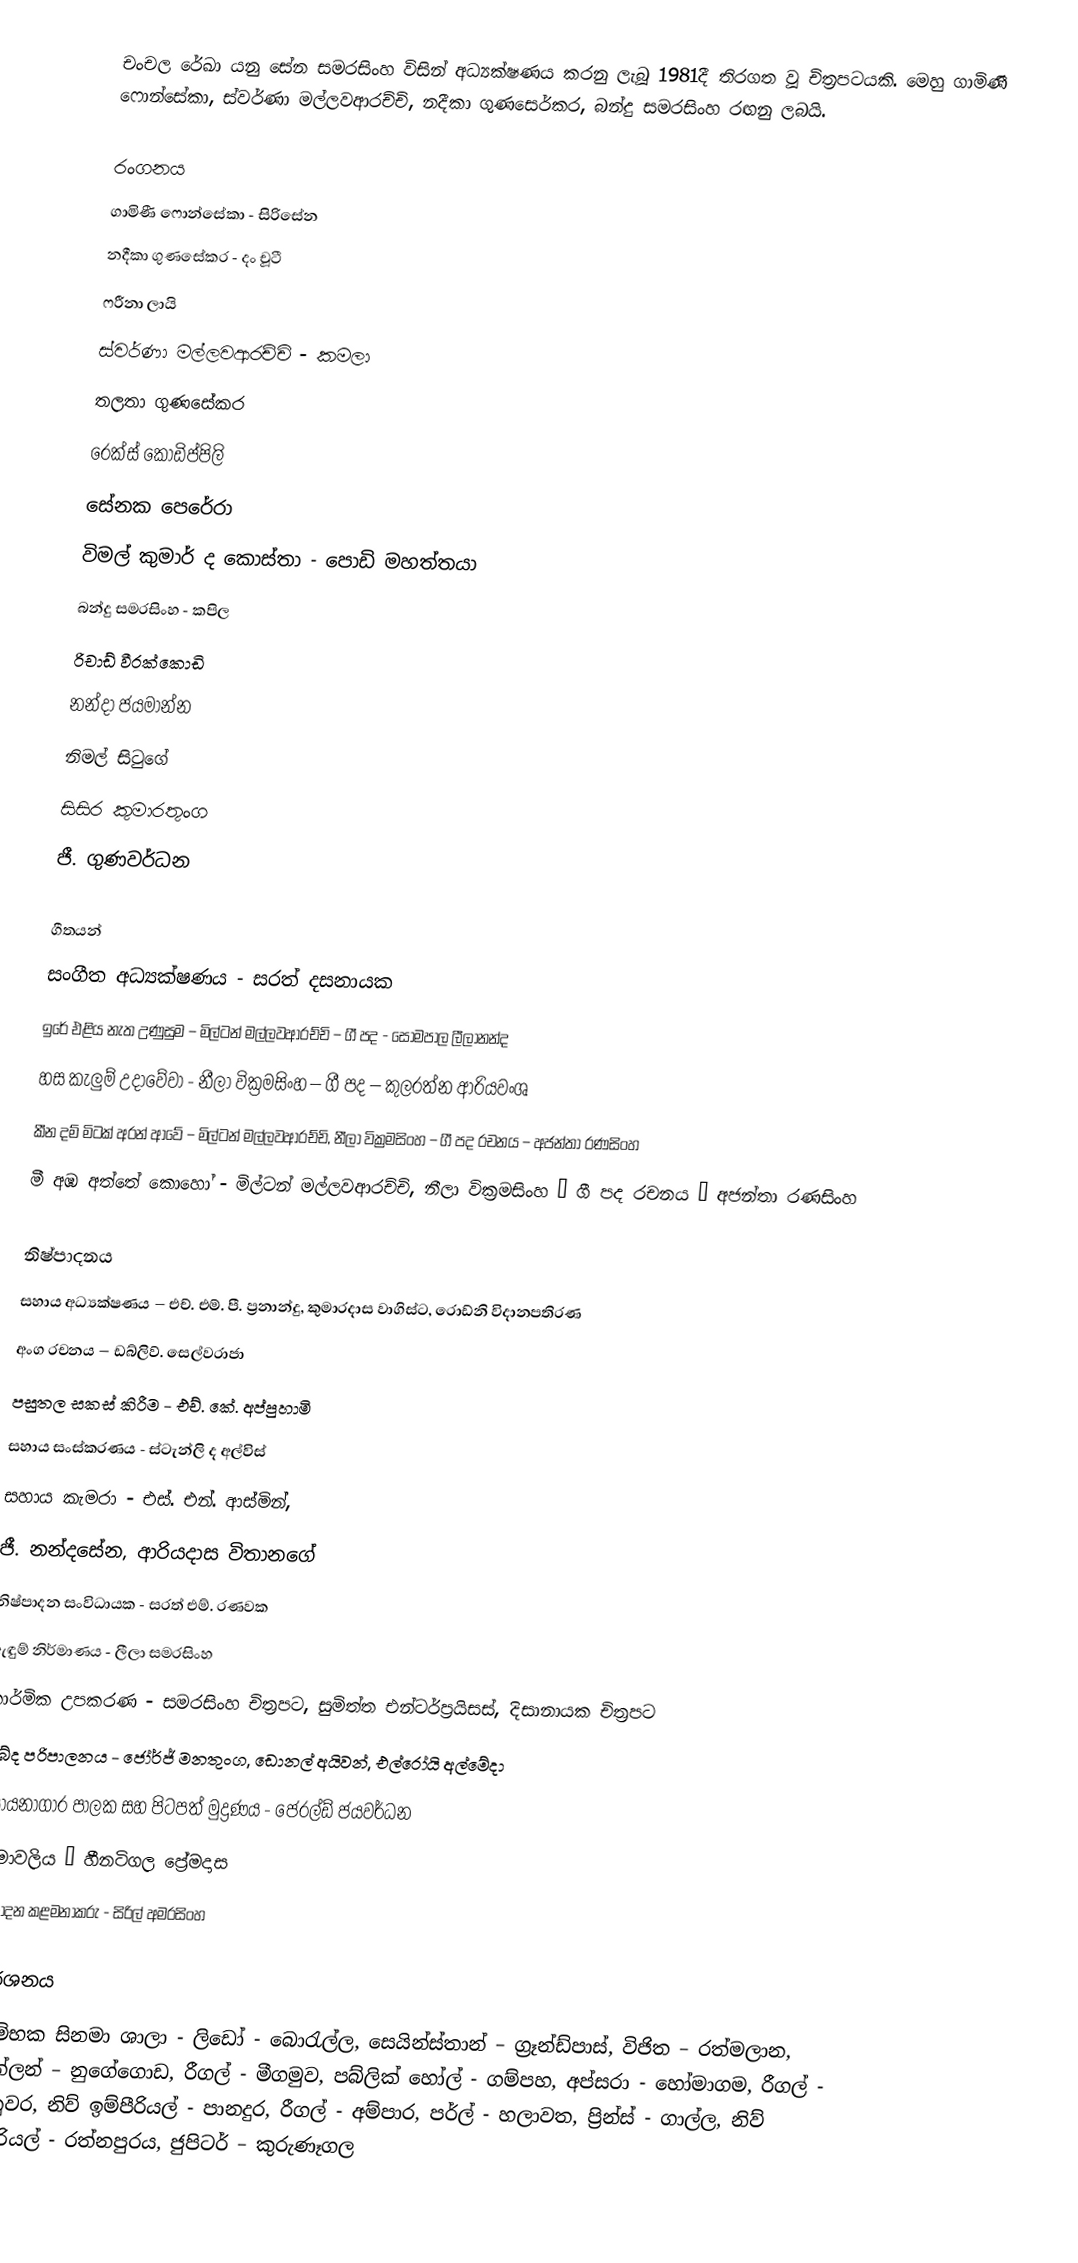
චංචල රේඛා යනු සේන සමරසිංහ විසින් අධ්‍යක්ෂණය කරනු ලැබූ 1981දී තිරගත වූ චිත්‍රපටයකි. මෙහු ගාමිණී ෆොන්සේකා, ස්වර්ණා මල්ලවආරච්චි, නදීකා ගුණසෙර්කර, බන්දු සමරසිංහ රඟනු ලබයි.

රංගනය
ගාමිණී ෆොන්සේකා - සිරිසේන
නදීකා ගුණසේකර - දං චූටී
ෆරීනා ලායි
ස්වර්ණා මල්ලවආරච්චි - කමලා
තලතා ගුණසේකර
රෙක්ස් කොඩිප්පිලි
සේනක පෙරේරා
විමල් කුමාර් ද කොස්තා - පොඩි මහත්තයා
බන්දු සමරසිංහ - කපිල
රිචාඩ් වීරක්කොඩි
නන්දා ජයමාන්න
නිමල් සිටුගේ
සිසිර කුමාරතුංග
ජී. ගුණවර්ධන

ගීතයන්
සංගීත අධ්‍යක්ෂණය - සරත් දසනායක
ඉරේ එළිය නැත උණුසුම – මිල්ටන් මල්ලවආරච්චි – ගී පද - සෝමපාල ලීලානන්ද
හස කැලුම් උදාවේවා - නීලා වික්‍රමසිංහ – ගී පද – කුලරත්න ආරියවංශ
කීන දම් මිටක් අරන් ආවේ – මිල්ටන් මල්ලවආරච්චි, නීලා වික්‍රමසිංහ – ගී පද රචනය – අජන්තා රණසිංහ
මී අඹ අත්තේ කොහෝ - මිල්ටන් මල්ලවආරච්චි, නීලා වික්‍රමසිංහ – ගී පද රචනය – අජන්තා රණසිංහ

නිෂ්පාදනය
සහාය අධ්‍යක්ෂණය – එච්. එම්. පී. ප්‍රනාන්දු, කුමාරදාස වාගිස්ට, රොඩ්නි විදානපතිරණ
අංග රචනය – ඩබ්ලිව්. සෙල්වරාජා
පසුතල සකස් කිරීම - එච්. කේ. අප්පුහාමි
සහාය සංස්කරණය - ස්ටැන්ලි ද අල්විස්
සහාය කැමරා - එස්. එන්. ආස්මින්,
ජී. නන්දසේන, ආරියදාස විතානගේ
නිෂ්පාදන සංවිධායක - සරත් එම්. රණවක
ඇඳුම් නිර්මාණය - ලීලා සමරසිංහ
කාර්මික උපකරණ - සමරසිංහ චිත්‍රපට, සුමිත්ත එන්ටර්ප්‍රයිසස්, දිසානායක චිත්‍රපට
ශබ්ද පරිපාලනය - ජෝර්ජ් මනතුංග, ඩොනල් අයිවන්, එල්රෝයි අල්මේදා
රසායනාගාර පාලක සහ පිටපත් මුද්‍රණය - ජෙරල්ඩ් ජයවර්ධන
නාමාවලිය – හීනටිගල ප්‍රේමදාස
නිෂ්පාදන කළමනාකරු - සිරිල් අමරසිංහ

ප්‍රදර්ශනය
ආරම්භක සිනමා ශාලා - ලිඩෝ - බොරැල්ල, සෙයින්ස්තාන් – ග්‍රෑන්ඩ්පාස්, විජිත – රත්මලාන, ක්වින්ලන් – නුගේගොඩ, රීගල් - මීගමුව, පබ්ලික් හෝල් - ගම්පහ, අප්සරා - හෝමාගම, රීගල් - මහනුවර, නිව් ඉම්පීරියල් - පානදුර, රීගල් - අම්පාර, පර්ල් - හලාවත, ප්‍රින්ස් - ගාල්ල, නිව් ඉම්පීරියල් - රත්නපුරය, ජුපිටර් – කුරුණෑගල